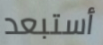
أستبعد